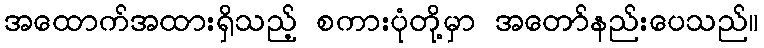
အထောက်အထားရှိသည့် စကားပုံတို့မှာ အတော်နည်းပေသည်။